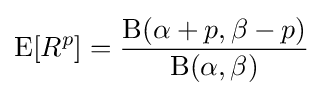
\operatorname {E} [R^{p}]={\frac {\mathrm {B} (\alpha +p,\beta -p)}{\mathrm {B} (\alpha ,\beta )}}